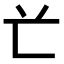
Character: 𠔄